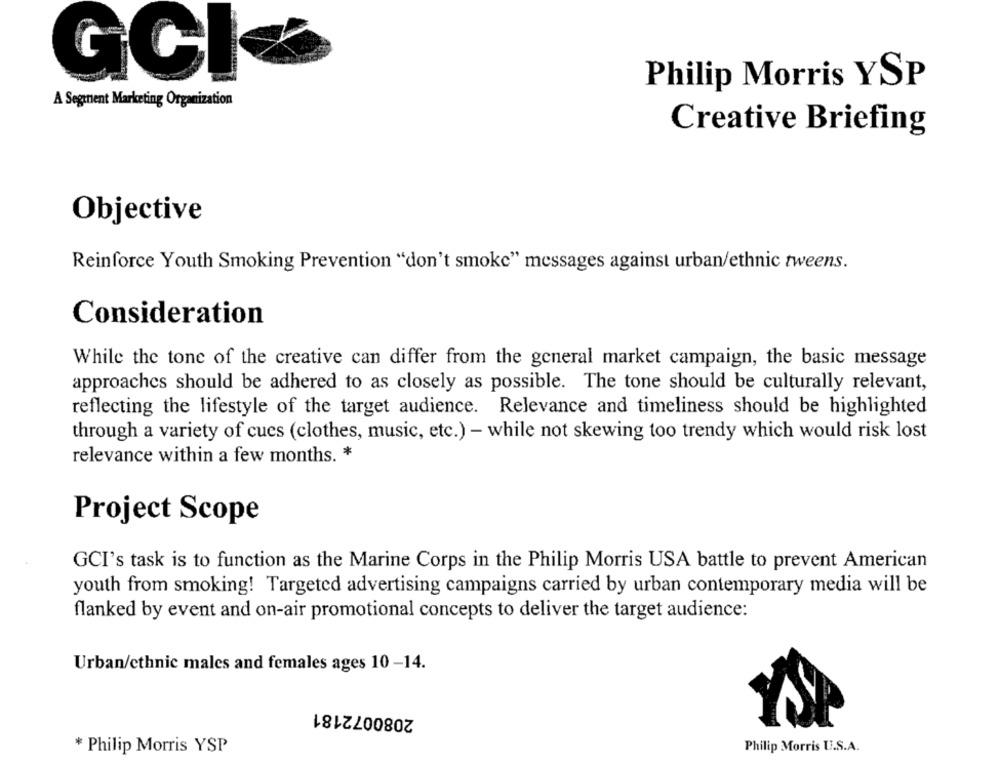
GCI
Philip Morris YSP
A Segment Marketing Organization
Creative Briefing
Objective
Reinforce Youth Smoking Prevention "don't smoke" messages against urban/ethnic tweens.
Consideration
While the tone of the creative can differ from the general market campaign, the basic message
approaches should be adhered to as closely as possible. The tone should be culturally relevant,
reflecting the lifestyle of the target audience. Relevance and timeliness should be highlighted
through a variety of cues (clothes, music, etc.) - while not skewing too trendy which would risk lost
relevance within a few months. *
Project Scope
GCI's task is to function as the Marine Corps in the Philip Morris USA battle to prevent American
youth from smoking! Targeted advertising campaigns carried by urban contemporary media will be
flanked by event and on-air promotional concepts to deliver the target audience:
Urban/ethnic males and females ages 10-14.
2080072181
Philip Morris U.S.A.
* Philip Morris YSP